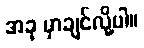
အခု မှာချင်လို့ပါ။